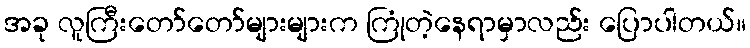
အခု လူကြီးတော်တော်များများက ကြုံတဲ့နေရာမှာလည်း ပြောပါတယ်။